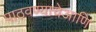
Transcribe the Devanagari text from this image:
पाठवण्याचेआणि